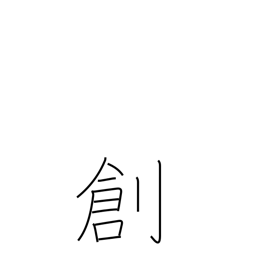
Meaning: genesis